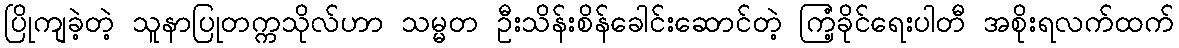
ပြိုကျခဲ့တဲ့ သူနာပြုတက္ကသိုလ်ဟာ သမ္မတ ဦးသိန်းစိန်ခေါင်းဆောင်တဲ့ ကြံ့ခိုင်ရေးပါတီ အစိုးရလက်ထက်